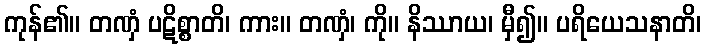
ကုန်၏။ တဏှံ ပဋိစ္စာတိ၊ ကား။ တဏှံ၊ ကို။ နိဿာယ၊ မှီ၍။ ပရိယေသနာတိ၊